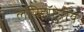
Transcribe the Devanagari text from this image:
लेपिडॉप्टेरीय